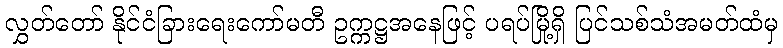
လွှတ်တော် နိုင်ငံခြားရေးကော်မတီ ဥက္ကဋ္ဌအနေဖြင့် ပရပ်မြို့ရှိ ပြင်သစ်သံအမတ်ထံမှ